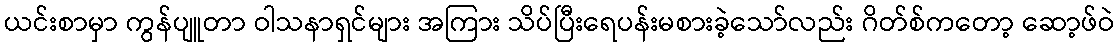
ယင်းစာမှာ ကွန်ပျူတာ ဝါသနာရှင်များ အကြား သိပ်ပြီးရေပန်းမစားခဲ့သော်လည်း ဂိတ်စ်ကတော့ ဆော့ဖ်ဝဲ